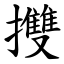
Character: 㩳